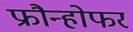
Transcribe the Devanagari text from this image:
फ्रौन्होफर